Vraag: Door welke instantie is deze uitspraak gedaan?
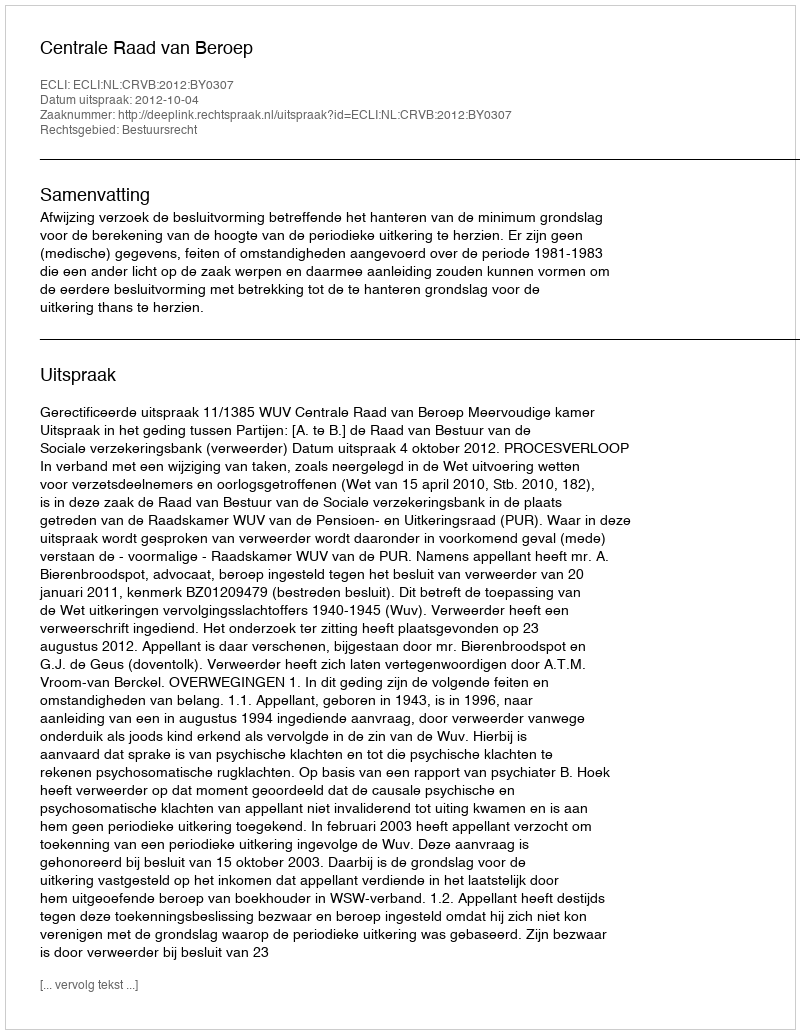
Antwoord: Centrale Raad van Beroep